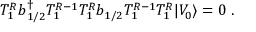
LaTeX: T _ { 1 } ^ { R } b { ^ \dagger _ { 1 / 2 } } T _ { 1 } ^ { R - 1 } T _ { 1 } ^ { R } b _ { 1 / 2 } T _ { 1 } ^ { R - 1 } T _ { 1 } ^ { R } \vert V _ { 0 } \rangle = 0 \; .